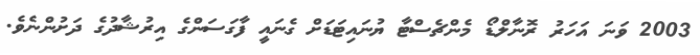
2003 ވަނަ އަހަރު ރޮނާލްޑޯ މެންޗެސްޓާ ޔުނައިޓަޑަށް ގެނައީ ފާގަސަންގެ އިރުޝާދުގެ ދަށުންނެވެ.